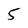
Character: 5